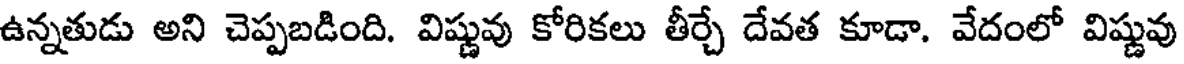
ఉన్నతుడు అని చెప్పబడింది. విష్ణువు కోరికలు తీర్చే దేవత కూడా. వేదంలో విష్ణువు